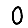
Digit: 0